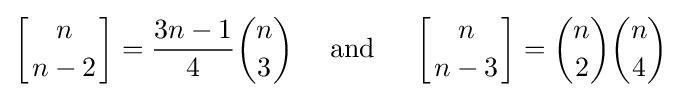
\left[{n \atop n-2}\right]={\frac {3n-1}{4}}{n \choose 3}\quad {\mbox{ and }}\quad \left[{n \atop n-3}\right]={n \choose 2}{n \choose 4}